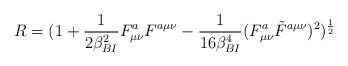
LaTeX: \begin{align*}R = (1+{1\over{2\beta_{BI}^2}}F^{a}_{\mu\nu}F^{a\mu\nu}-{1\over{16\beta_{BI}^4}}(F^a_{\mu\nu}\tilde F^{a\mu\nu})^2)^{1\over 2}\end{align*}